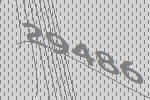
29486